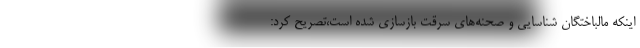
اینکه مالباختگان شناسایی و صحنه‌های سرقت بازسازی شده است،تصریح کرد: